Civil Veterinary Dept. North-West Frontier Province 1933-46 - 1933-1946
Year: 1933
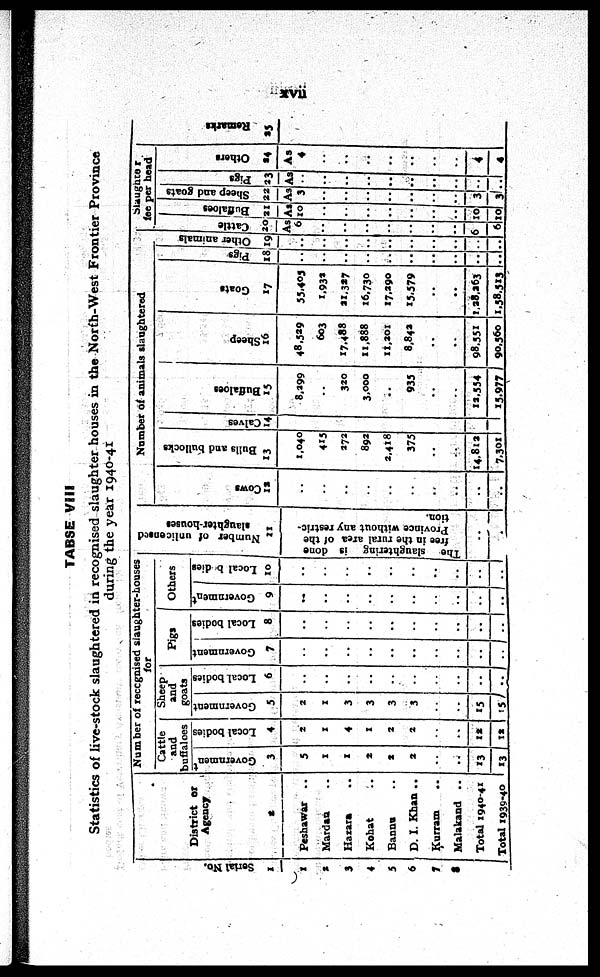
xvii
TABLE VIII
Statistics of live-stock slaughtered in recognised slaughter houses in the North-West Frontier Province
during the year 1940-41
Ser i al No.
1
1
2
3
4
5
6
7
8
District or
Agency
2
Peshawar
..
Mardan ..
Hazara ..
Kohat ..
Bannu ..
D. I. Khan ..
Kurram ..
Malakand ..
Total 1940-41
Total 1939-40
Number of recognised slaughter-houses
for
Cattle
and
buffaloes
Government
3
5
1
1
2
2
2
..
..
13
13
Local bodies
4
2
1
4
1
2
2
..
..
12
12
Sheep
and
goats
Government
5
2
1
3
3
3
3
..
..
15
15
Local bodies
6
..
..
..
..
..
..
..
..
..
..
Pigs
Government
7
..
..
..
..
..
..
..
..
..
..
Local bodies
8
..
..
..
..
..
..
..
..
..
..
Others
Government
9
..
..
..
..
..
..
..
..
..
..
Local bodies
10
..
..
..
..
..
..
..
..
..
..
Number of unlicensed
slaughter-houses
11
The slaughtering is done
free in the rural area of the
Province without any restric-
tion.
..
..
Number of animals slaughtered
Cows
12
..
..
..
..
..
..
..
..
..
..
Bulls and bullocks
13
1,040
415
272
892
2,418
375
..
..
14,812
7,301
Calves
14
..
Buffaloes
15
8.299
..
320
3,000
..
933
..
..
12,554
15,977
Sheep
16
48,529
603
17,488
11,888
11,201
8,842
..
..
98,551
90,560
Goats
17
55,405
1,932
21,327
16,730
17,290
15,579
..
..
1,28,263
1,58,513
Pigs
18
..
..
..
..
..
..
..
..
..
..
Other animals
19
..
..
..
..
..
..
..
..
..
..
Slaughter
fee per head
Cattle
20
As
6
..
..
..
..
..
..
..
6
6
Buffaloes
21
As.
10
..
..
..
..
..
..
..
10
10
Sheep and goats
22
As
3
..
..
..
..
..
..
..
3
3
Pigs
23
As.
..
..
..
..
..
..
..
..
..
..
Others
24
As.
4
..
..
..
..
..
..
..
4
4
Remarks
25